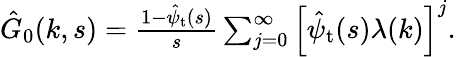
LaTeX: \begin{array}{r}{\hat{G}_{0}(k,s)=\frac{1-\hat{\psi}_{\mathrm{t}}(s)}{s}\sum_{j=0}^{\infty}\left[\hat{\psi}_{\mathrm{t}}(s)\lambda(k)\right]^{j}.}\end{array}